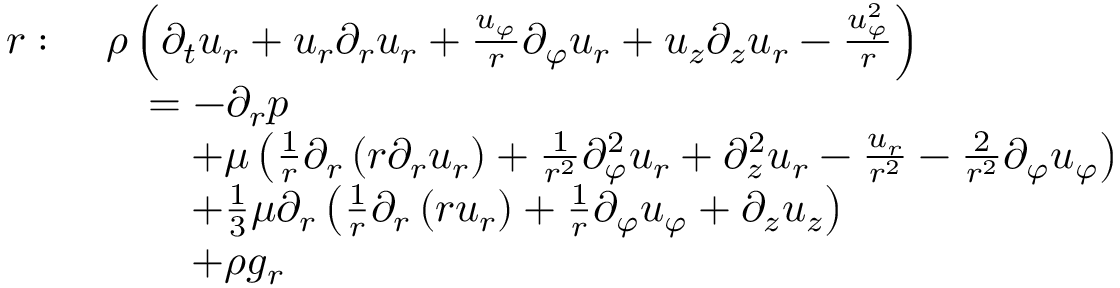
{ \begin{array} { r l } { r : \ } & { \rho \left( { \partial _ { t } u _ { r } } + u _ { r } { \partial _ { r } u _ { r } } + { \frac { u _ { \varphi } } { r } } { \partial _ { \varphi } u _ { r } } + u _ { z } { \partial _ { z } u _ { r } } - { \frac { u _ { \varphi } ^ { 2 } } { r } } \right) } \\ & { \quad = - { \partial _ { r } p } } \\ & { \qquad + \mu \left( { \frac { 1 } { r } } \partial _ { r } \left( r { \partial _ { r } u _ { r } } \right) + { \frac { 1 } { r ^ { 2 } } } { \partial _ { \varphi } ^ { 2 } u _ { r } } + { \partial _ { z } ^ { 2 } u _ { r } } - { \frac { u _ { r } } { r ^ { 2 } } } - { \frac { 2 } { r ^ { 2 } } } { \partial _ { \varphi } u _ { \varphi } } \right) } \\ & { \qquad + { \frac { 1 } { 3 } } \mu \partial _ { r } \left( { \frac { 1 } { r } } { \partial _ { r } \left( r u _ { r } \right) } + { \frac { 1 } { r } } { \partial _ { \varphi } u _ { \varphi } } + { \partial _ { z } u _ { z } } \right) } \\ & { \qquad + \rho g _ { r } } \end{array} }